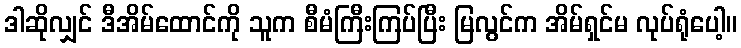
ဒါဆိုလျှင် ဒီအိမ်ထောင်ကို သူက စီမံကြီးကြပ်ပြီး မြလွင်က အိမ်ရှင်မ လုပ်ရုံပေါ့။